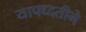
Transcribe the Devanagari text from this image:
यापध्दतीने